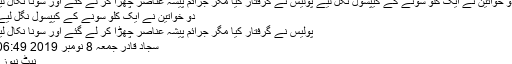
دو خواتین نے ایک کلو سونے کے کیپسول نگل لیے پولیس نے گرفتار کیا مگر جرائم پیشہ عناصر چھڑا کر لے گئے اور سونا نکال لیا
دو خواتین نے ایک کلو سونے کے کیپسول نگل لیے
پولیس نے گرفتار کیا مگر جرائم پیشہ عناصر چھڑا کر لے گئے اور سونا نکال لیا
سجاد قادر جمعہ 8 نومبر 2019 06:49
نیٹ نیوز ۔